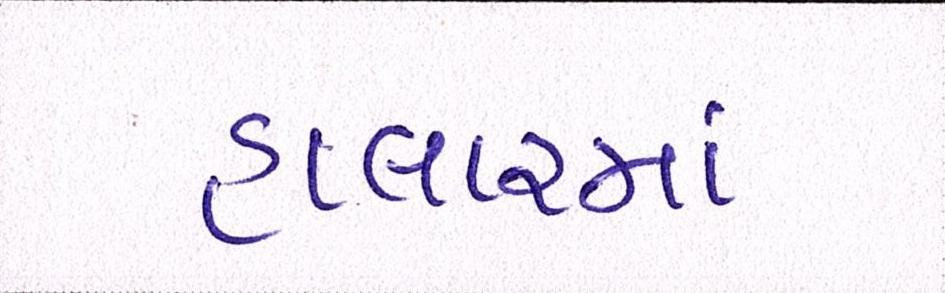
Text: હાલારમાં